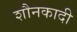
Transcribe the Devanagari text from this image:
शौनकादी